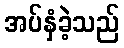
အပ်နှံခဲ့သည်